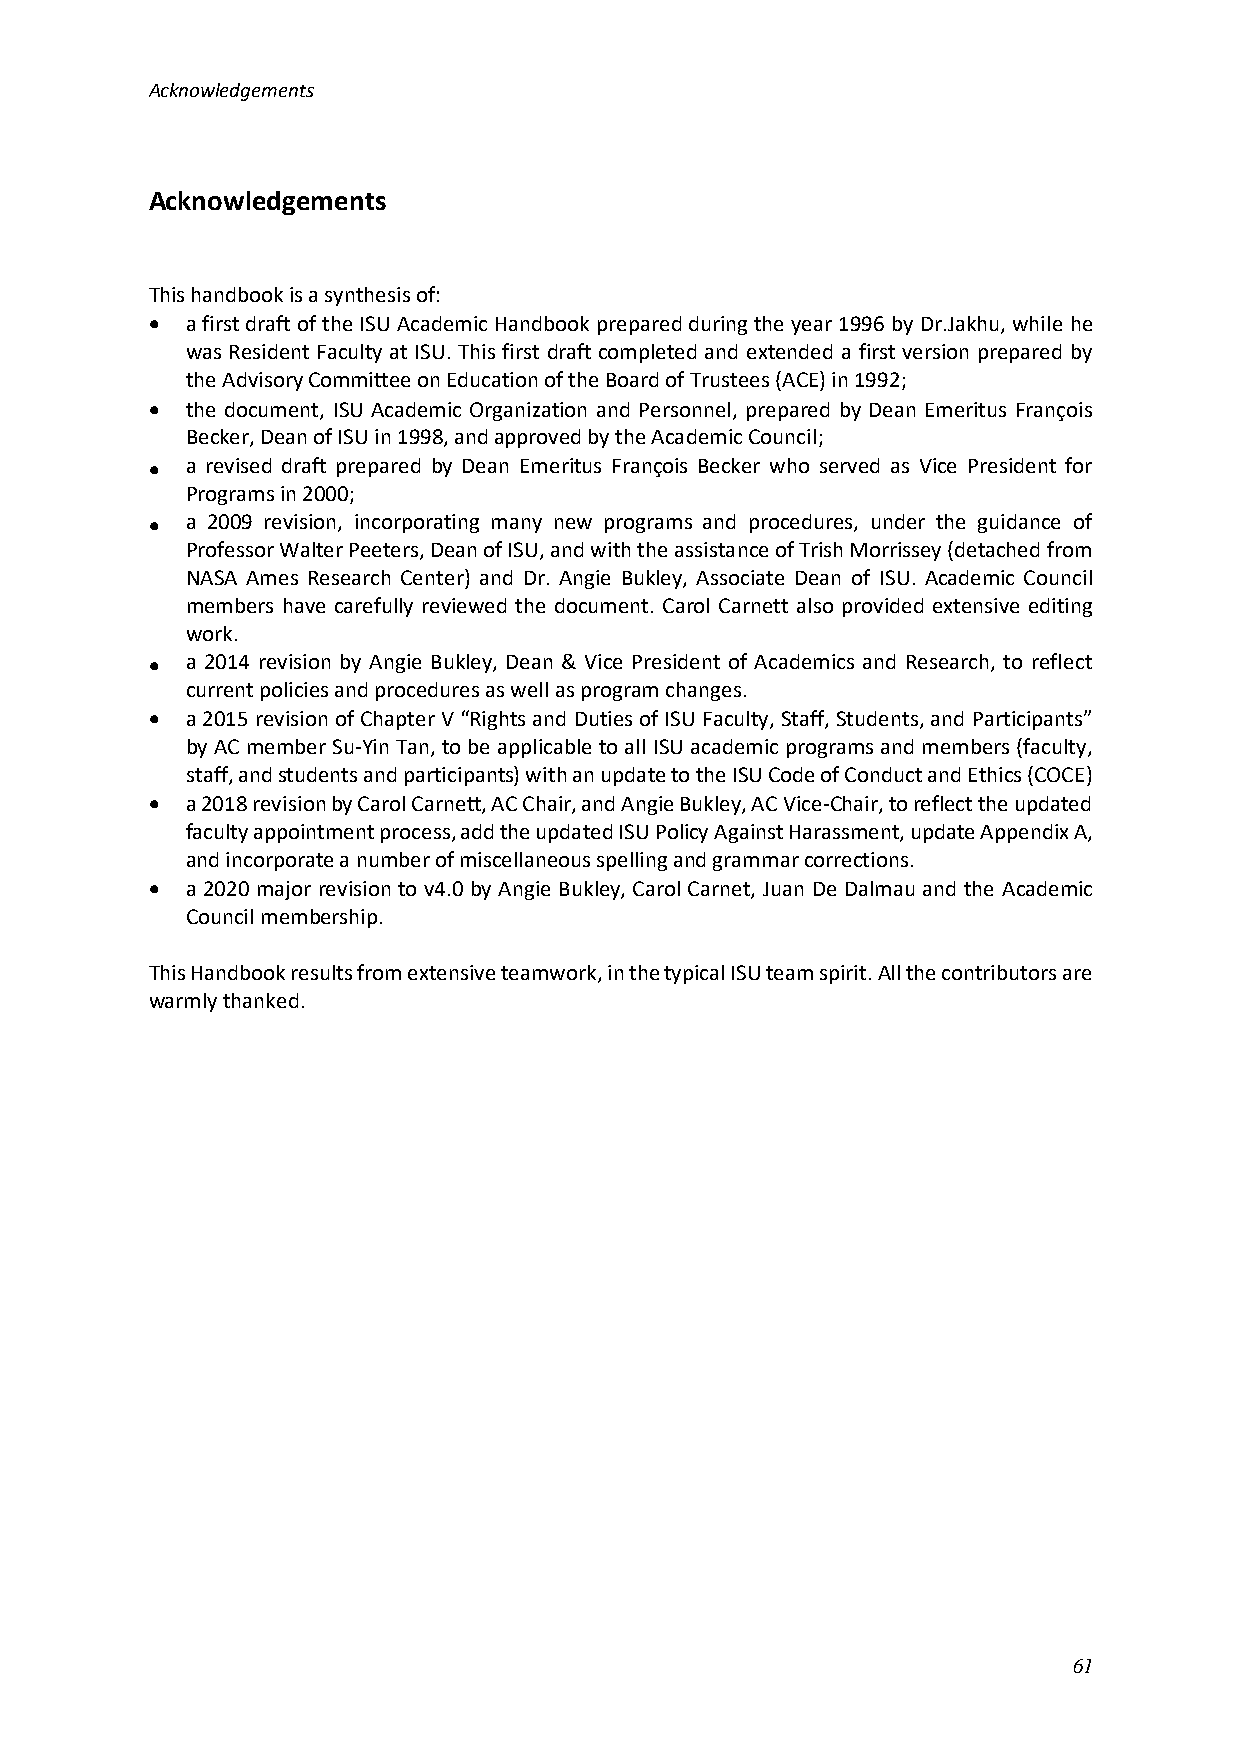
Acknowledgements
 Acknowledgements
 This handbook is a synthesis of:
 • a first draft of the ISU Academic Handbook prepared during the year 1996 by Dr.Jakhu, while he
 was Resident Faculty at ISU. This first draft completed and extended a first version prepared by
 the Advisory Committee on Education of the Board of Trustees (ACE) in 1992;
 • the document, ISU Academic Organization and Personnel, prepared by Dean Emeritus François
 Becker, Dean of ISU in 1998, and approved by the Academic Council;
 • a revised draft prepared by Dean Emeritus François Becker who served as Vice President for
 Programs in 2000;
 • a 2009 revision, incorporating many new programs and procedures, under the guidance of
 Professor Walter Peeters, Dean of ISU, and with the assistance of Trish Morrissey (detached from
 NASA Ames Research Center) and Dr. Angie Bukley, Associate Dean of ISU. Academic Council
 members have carefully reviewed the document. Carol Carnett also provided extensive editing
 work.
 • a 2014 revision by Angie Bukley, Dean & Vice President of Academics and Research, to reflect
 current policies and procedures as well as program changes.
 • a 2015 revision of Chapter V “Rights and Duties of ISU Faculty, Staff, Students, and Participants”
 by AC member Su-Yin Tan, to be applicable to all ISU academic programs and members (faculty,
 staff, and students and participants) with an update to the ISU Code of Conduct and Ethics (COCE)
 • a 2018 revision by Carol Carnett, AC Chair, and Angie Bukley, AC Vice-Chair, to reflect the updated
 faculty appointment process, add the updated ISU Policy Against Harassment, update Appendix A,
 and incorporate a number of miscellaneous spelling and grammar corrections.
 • a 2020 major revision to v4.0 by Angie Bukley, Carol Carnet, Juan De Dalmau and the Academic
 Council membership.
 This Handbook results from extensive teamwork, in the typical ISU team spirit. All the contributors are
 warmly thanked.
 61